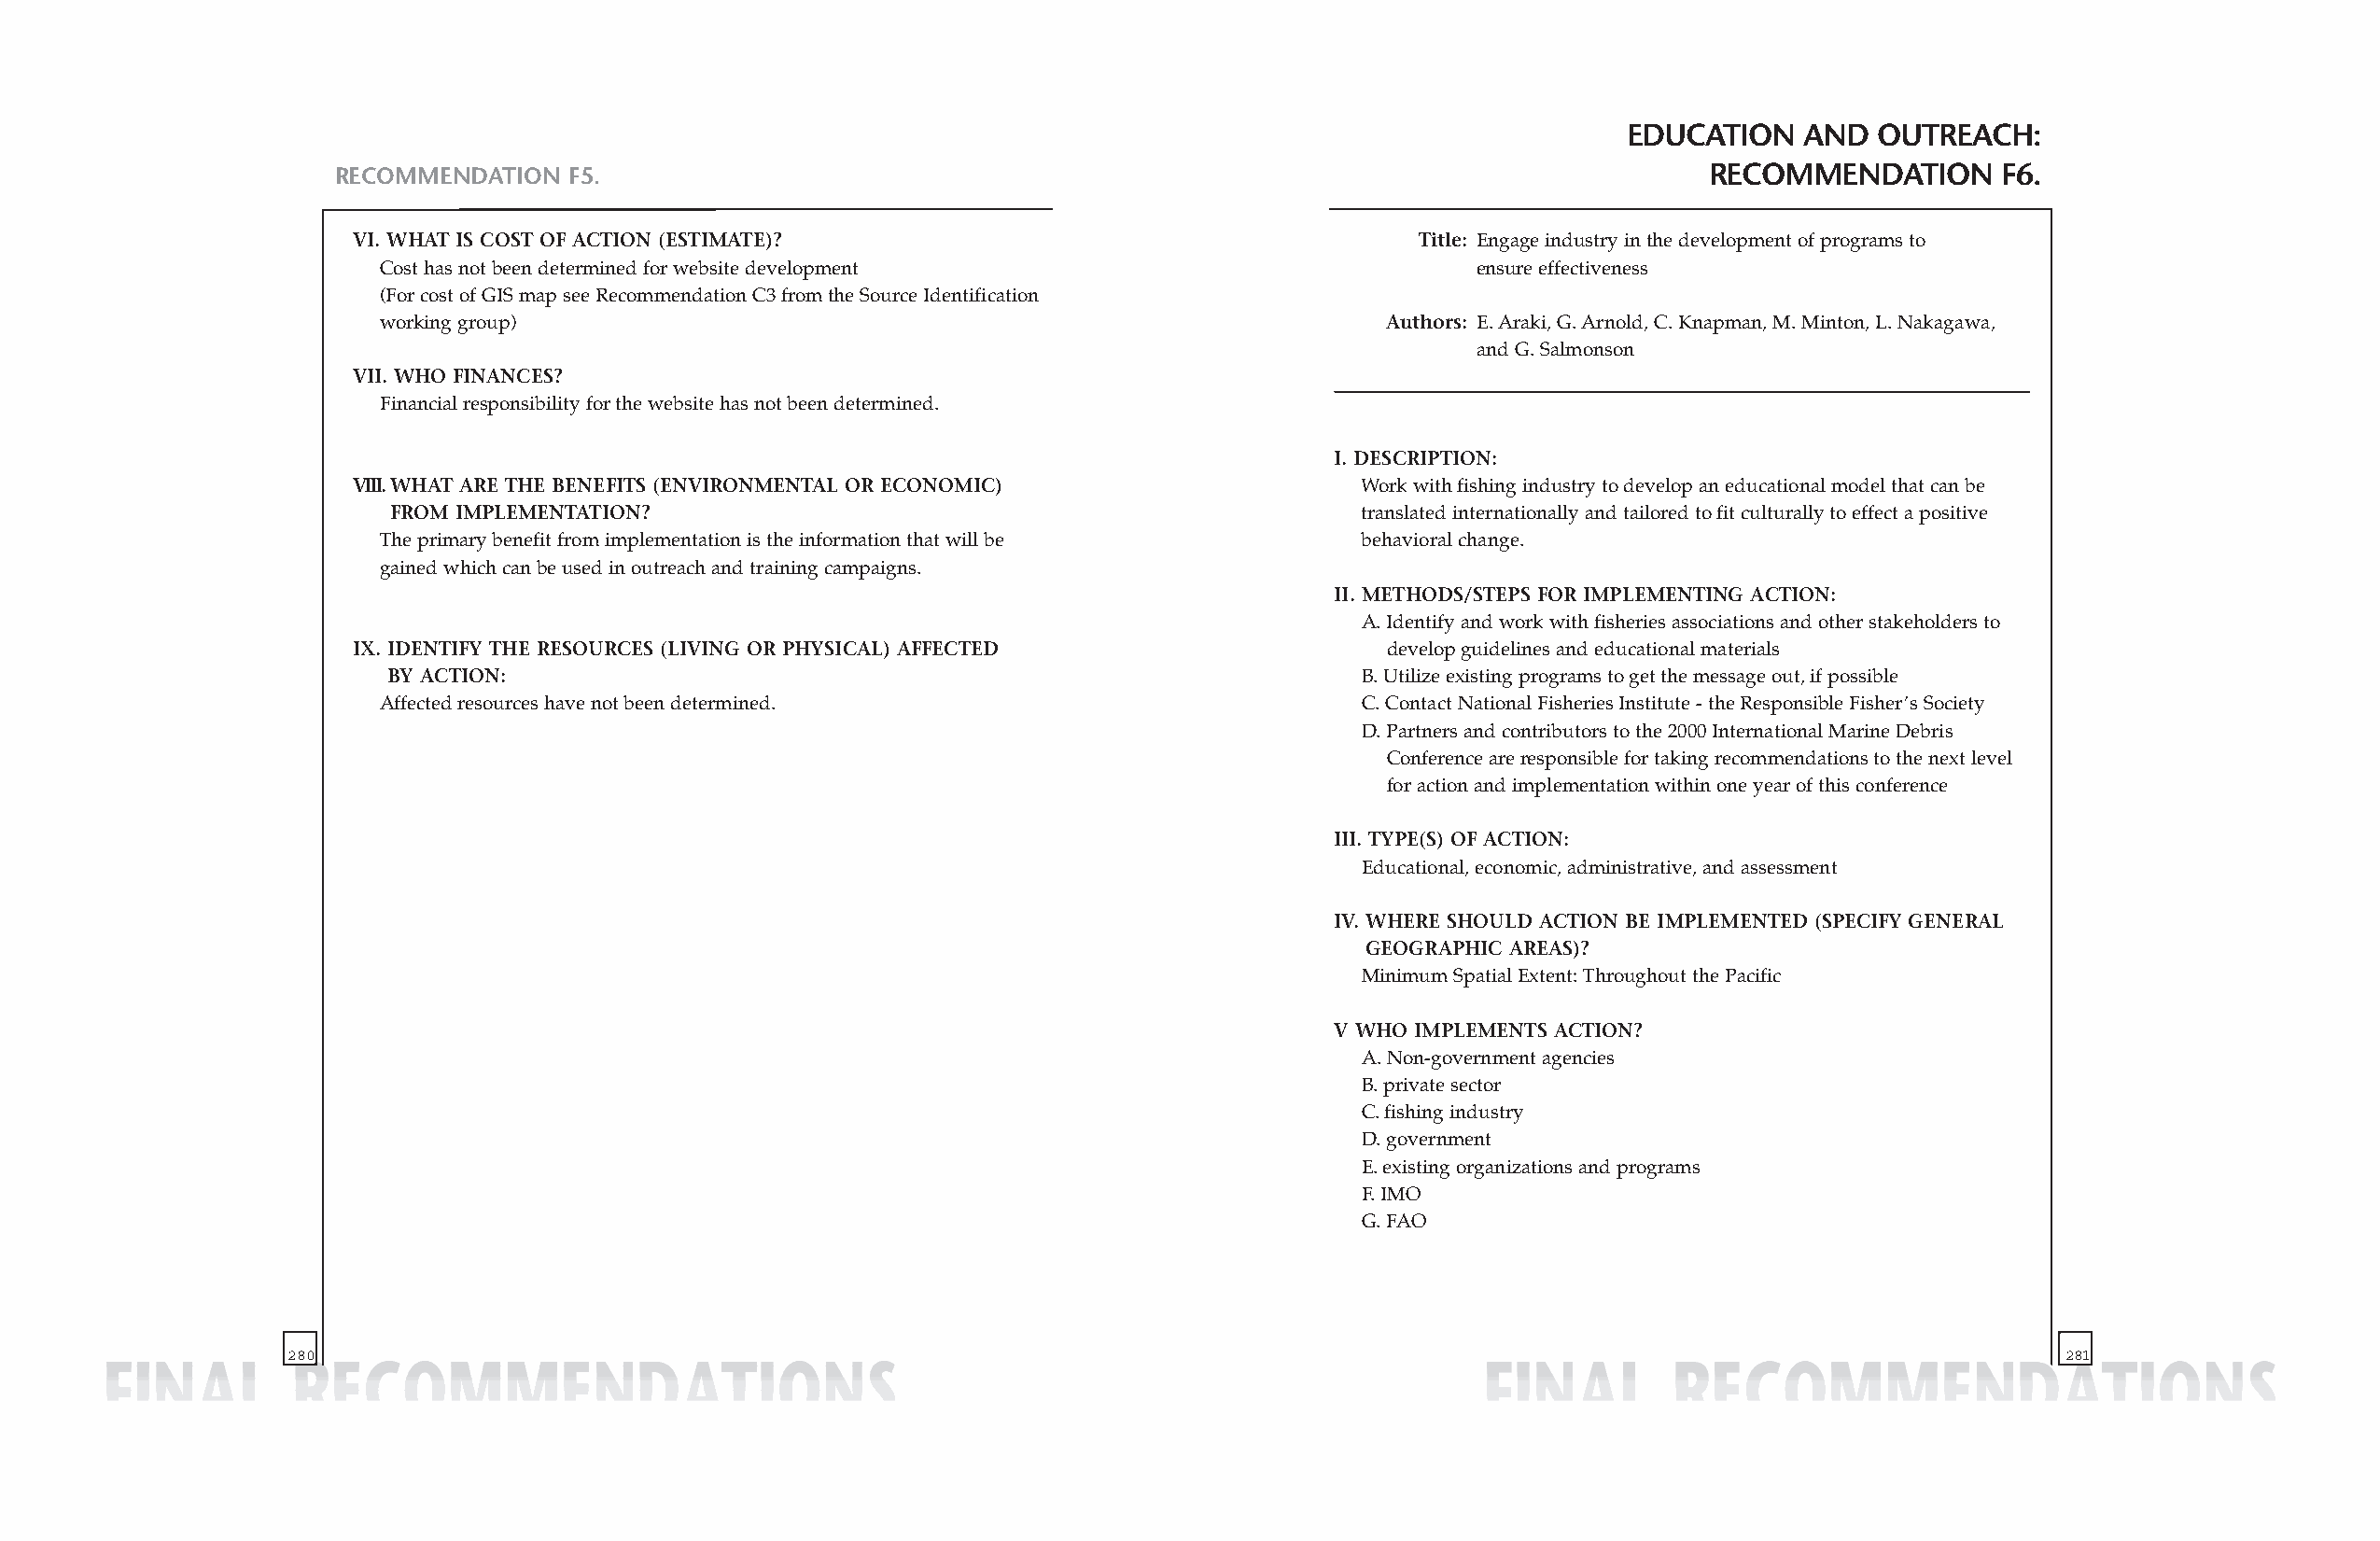
EDUCATION    AND  OUTREACH:
 RECOMMENDATION  F5.                                                                              RECOMMENDATION       F6.
 VI. WHAT IS COST OF ACTION (ESTIMATE)?                                      Title: Engage industry in the development of programs to
 Cost has not been determined for website development                          ensure effectiveness
 (For cost of GIS map see Recommendation C3 from the Source Identification
 working group)                                                         Authors: E. Araki, G. Arnold, C. Knapman, M. Minton, L. Nakagawa,
 and G. Salmonson
 VII. WHO FINANCES?
 Financial responsibility for the website has not been determined.
 I. DESCRIPTION:
 VIII.WHAT ARE THE BENEFITS (ENVIRONMENTAL OR ECONOMIC)                  Work with fishing industry to develop an educational model that can be
 FROM IMPLEMENTATION?                                                 translated internationally and tailored to fit culturally to effect a positive
 The primary benefit from implementation is the information that will be behavioral change.
 gained which can be used in outreach and training campaigns.
 II. METHODS/STEPS FOR IMPLEMENTING ACTION:
 A. Identify and work with fisheries associations and other stakeholders to
 IX. IDENTIFY THE RESOURCES (LIVING OR PHYSICAL) AFFECTED                 develop guidelines and educational materials
 BY ACTION:                                                            B. Utilize existing programs to get the message out, if possible
 Affected resources have not been determined.                          C. Contact National Fisheries Institute - the Responsible Fisher’s Society
 D. Partners and contributors to the 2000 International Marine Debris
 Conference are responsible for taking recommendations to the next level
 for action and implementation within one year of this conference
 III. TYPE(S) OF ACTION:
 Educational, economic, administrative, and assessment
 IV. WHERE SHOULD ACTION BE IMPLEMENTED (SPECIFY GENERAL
 GEOGRAPHIC AREAS)?
 Minimum Spatial Extent: Throughout the Pacific
 V WHO IMPLEMENTS ACTION?
 A. Non-government agencies
 B. private sector
 C. fishing industry
 D. government
 E. existing organizations and programs
 F. IMO
 G. FAO
 280                                                                                                                            281